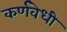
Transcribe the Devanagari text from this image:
कर्णवेधी